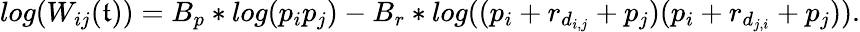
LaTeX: log(W_{ij}(\mathfrak{t}))=B_{p}*log(p_{i}p_{j})-B_{r}*log((p_{i}+r_{d_{i,j}}+p_{j})(p_{i}+r_{d_{j,i}}+p_{j})).